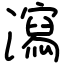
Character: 瀉